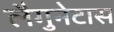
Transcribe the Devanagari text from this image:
लैगुनेटास